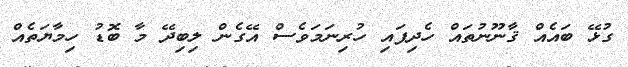
ގުޅޭ ބައެއް ޤާނޫނުތައް ހެދިފައި ހުރިނަމަވެސް އޭގެން ލިބިދޭ މާ ބޮޑު ހިމާޔަތެއް